Plague in India, 1896, 1897 - Volume 1
Year: 1896
Disease focus: Plague
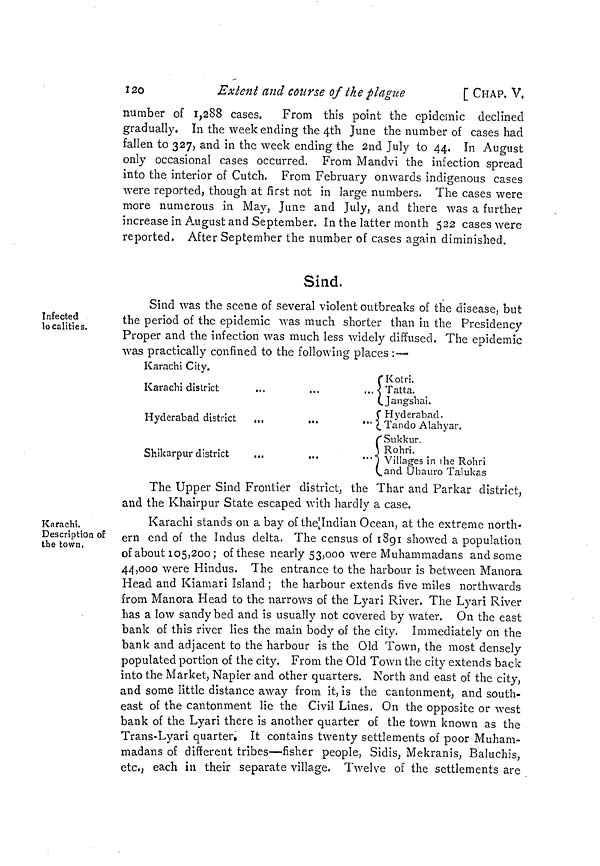
120
Extent and course of the plague
[ CHAP, V.
number of 1,288 cases,
From this point the epidemic declined
gradually. In the week ending the 4th June the number of cases had
fallen to 327, and in the week ending the 2nd July to 44. In August
only occasional cases occurred. From Mandvi the infection spread
into the interior of Cutch. From February onwards indigenous cases
were reported, though at first not in large numbers. The cases were
more numerous in May, June and July, and there was a further
increase in August and September. In the latter month 522 cases were
reported, After September the number of cases again diminished.
Infected
localities.
Sind,
Sind was the scene of several violent outbreaks of the disease, but
the period of the epidemic was much shorter than in the Presidency
Proper and the infection was much less widely diffused. The epidemic
was practically confined to the following places :—
Karachi City.
Karachi district
...
Hyderabad district
,,,
...
...
Shikarpur district
(Kotri.
} Tatta.
(Jangshai.
{ Hyderabad.
{Tando Alahyar.
{ Sukkur.
{ Rohri.
Villages in the Rohri
(and Ubauro Talukas
The Upper Sind Frontier district, the Thar and Parkar district,
and the Khairpur State escaped with hardly a case.
Karachi,
Description of
the town.
Karachi stands on a bay of the Indian Ocean, at the extreme north-
ern end of the Indus delta. The census of 1891 showed a population
of about 105,200; of these nearly 53,000 were Muhammadans and some
44,000 were Hindus. The entrance to the harbour is between Manora
Head and Kiamari Island ; the harbour extends five miles northwards
from Manora Head to the narrows of the Lyari River. The Lyari River
has a low sandy bed and is usually not covered by water. On the east
bank of this river lies the main body of the city. Immediately on the
bank and adjacent to the harbour is the Old Town, the most densely
populated portion of the city. From the Old Town the city extends back
into the Market, Napier and other quarters. North and east of the city,
and some little distance away from it, is the cantonment, and south-
east of the cantonment lie the Civil Lines, On the opposite or west
bank of the Lyari there is another quarter of the town known as the
Trans-Lyari quarter. It contains twenty settlements of poor Muham-
madans of different tribes—fisher people, Sidis, Mekranis, Baluchis,
etc,, each in their separate village. Twelve of the settlements are